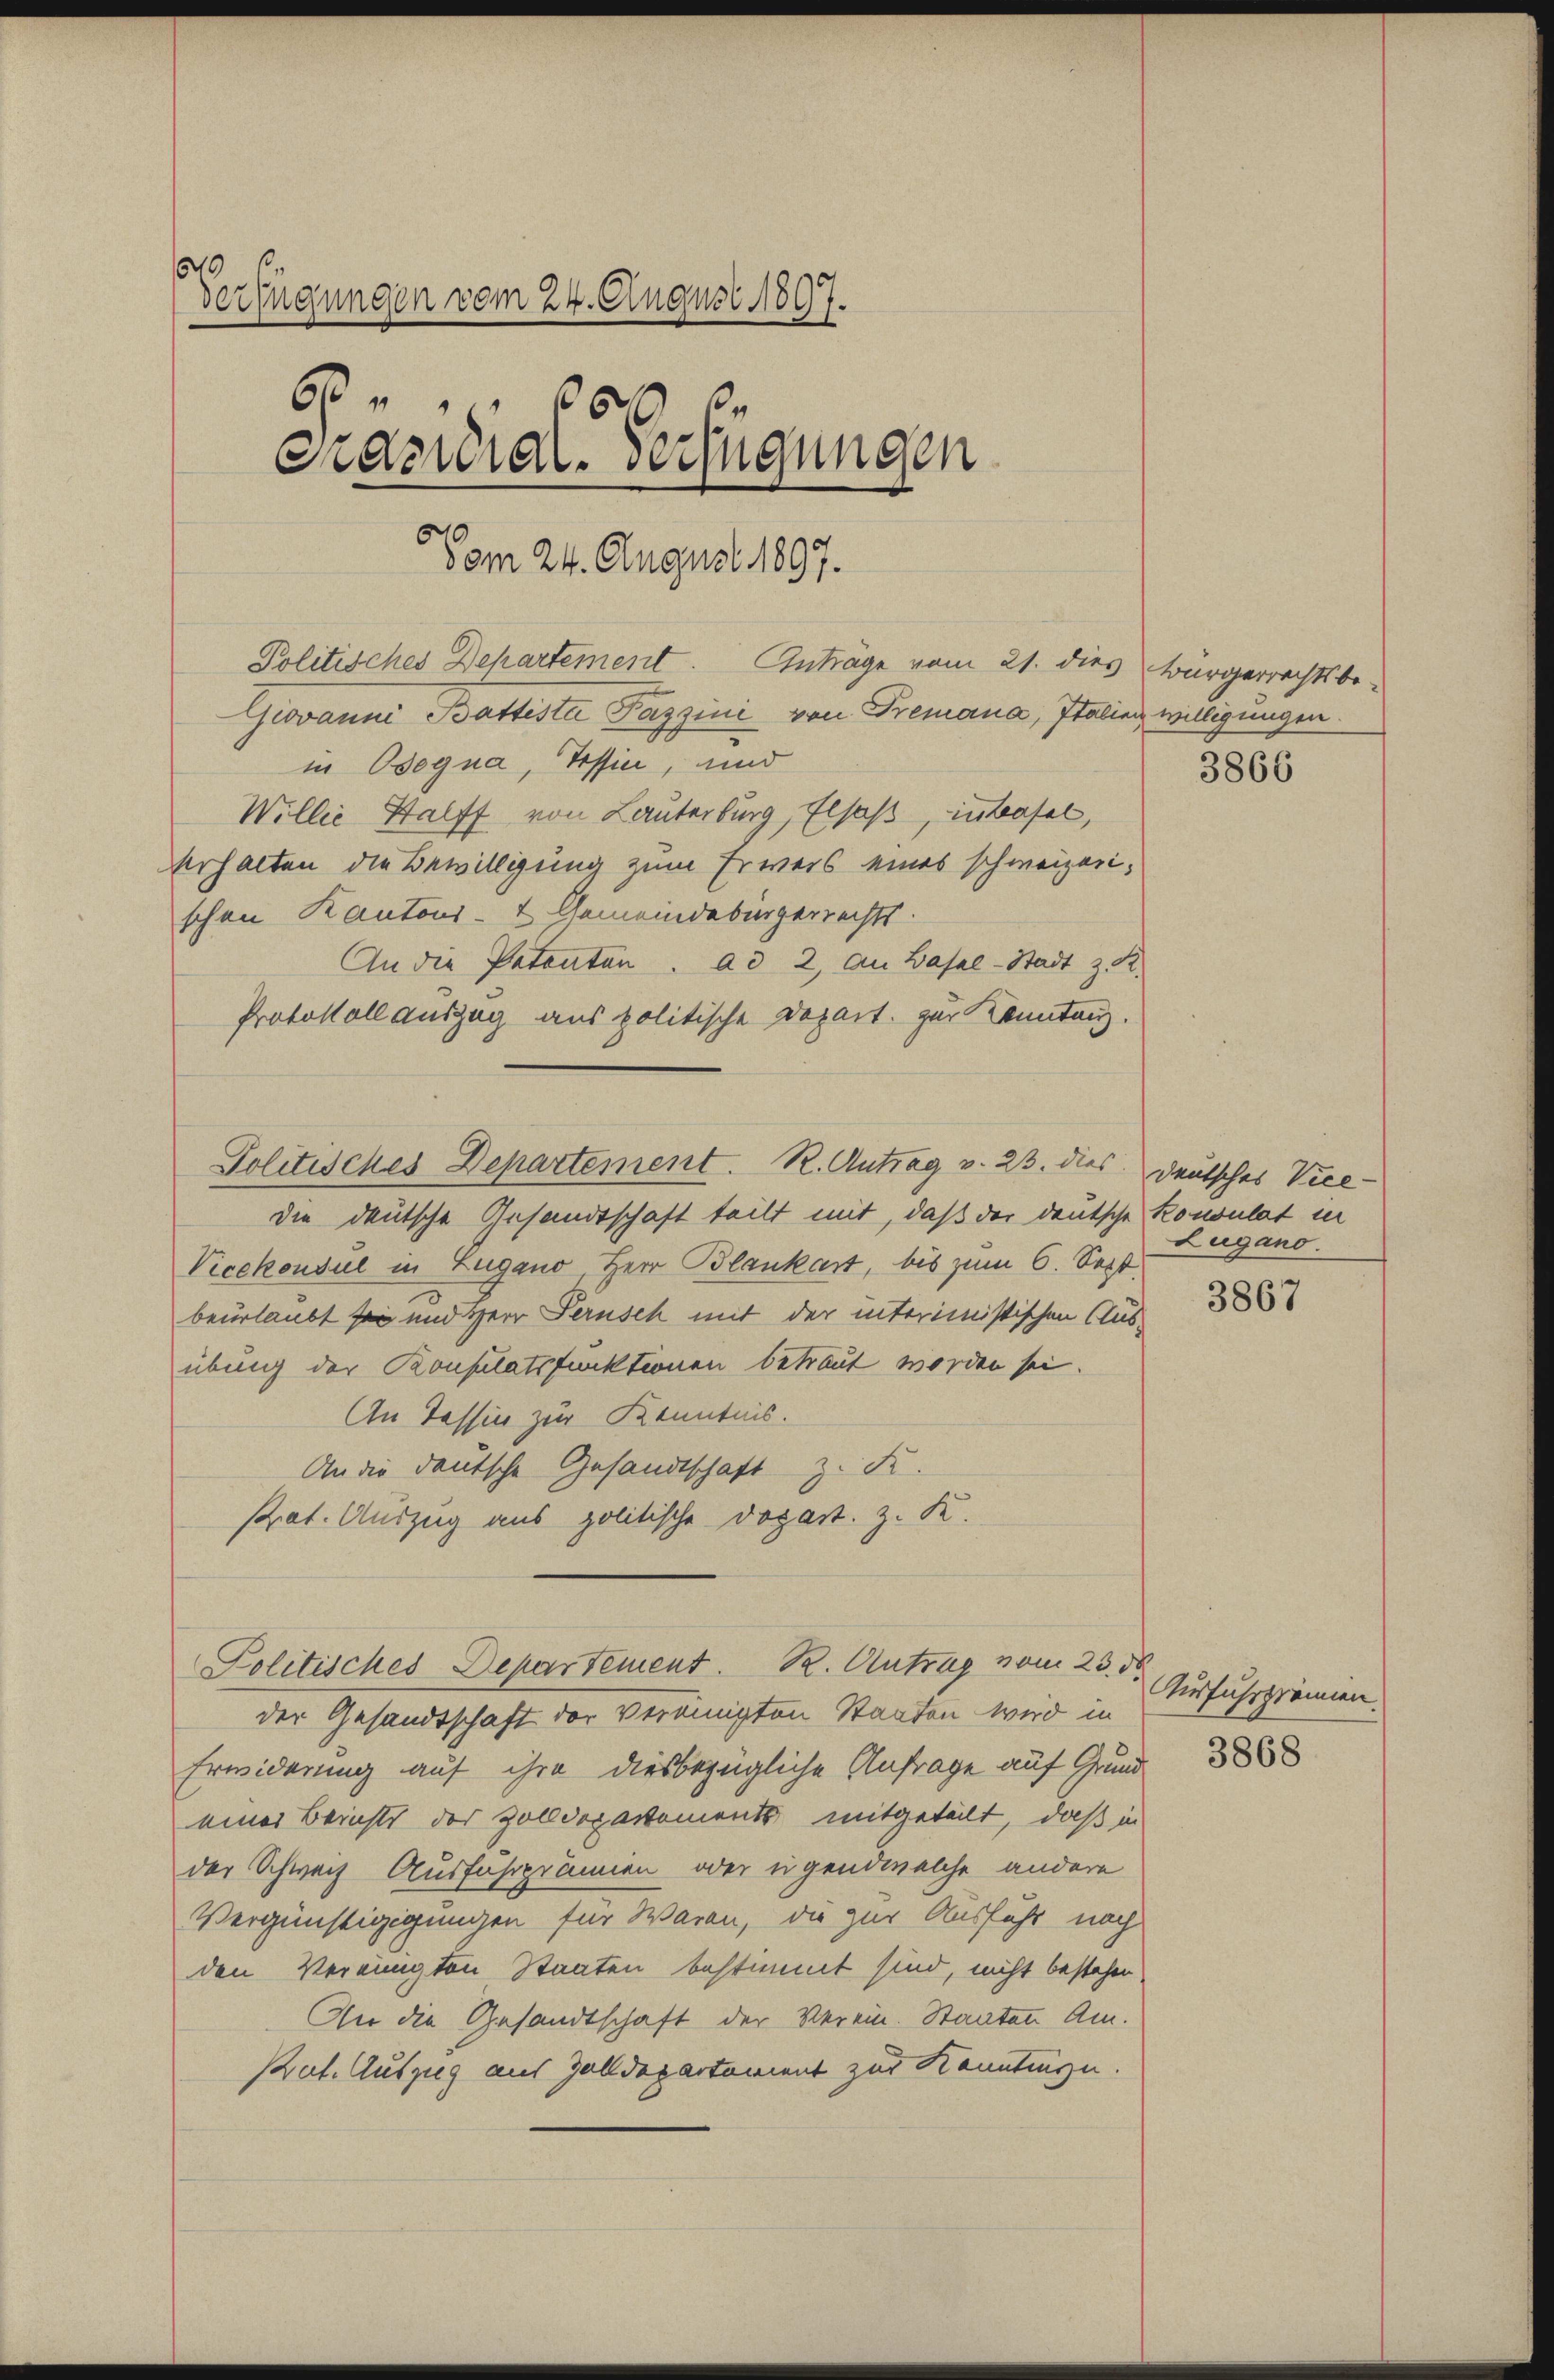
Verfügungen vom 24. August 1897.
¬
6
Prazidial-Verfügungen
Vom 24. August 1897.

erhalten die Bewilligung zum Erweis eines schweizerischon Kantons- & Gemeindebürgerrechts.
An die Patenten. ad 2, an Basel-Stadt z. R.
Protokoll auszug aus politische Depart. zur Kenntenz.

Politisches Departement. Anträge vom 21. dies Bürgerrechtsbe-
Giovanni Battista Pazzini von Tremana, Italien willigungen.
in Begna, Tessini, und

Politisches Departement. R. Antrag v. 23. dies deutsches Vice-

die deutsche Gesandtschaft teilt mit, daß der deutsche Konsulat in
Vicekonsul in Lugano, Herr Blankart, bis zum 6. Sept.
beurlaubt sei und Herr Perusch mit der interimistischen Aus-
übung der Konsulatsfunktionen betraut worden sei.
An Tessin zur Kenntnis.
An die deutsche Gesandtschaft z. Fr.
Prat. Auszug aus politische Dopart. z. K.
der Gesandtschaft der vereinigten Staaten wird in
Erwiderung auf ihre diesbezügliche Anfrage auf Grund
einer Berichts der Zolldepartements mitgeteilt, daß in
der Schwach Ausfahrprämien oder eigendwelche andere
Vergünstigigungen für Waren, die zur Ausfuhr noch
den Vereinigten Staaten bestimmt sind, nicht bestehen
An die Gesandtschaft der Verein. Staaten Am¬
Put. Auszug aus Zolldepartement zur Kenntinge.

Willie Halff von Lauterburg, Elsaß, in Basel,

Politisches Departement. B. Antrag vom 23. d.

3866

Lugano.

3867

Ausfuhrprämien.

3868